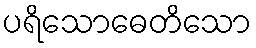
ပရိသောဓေတိသော